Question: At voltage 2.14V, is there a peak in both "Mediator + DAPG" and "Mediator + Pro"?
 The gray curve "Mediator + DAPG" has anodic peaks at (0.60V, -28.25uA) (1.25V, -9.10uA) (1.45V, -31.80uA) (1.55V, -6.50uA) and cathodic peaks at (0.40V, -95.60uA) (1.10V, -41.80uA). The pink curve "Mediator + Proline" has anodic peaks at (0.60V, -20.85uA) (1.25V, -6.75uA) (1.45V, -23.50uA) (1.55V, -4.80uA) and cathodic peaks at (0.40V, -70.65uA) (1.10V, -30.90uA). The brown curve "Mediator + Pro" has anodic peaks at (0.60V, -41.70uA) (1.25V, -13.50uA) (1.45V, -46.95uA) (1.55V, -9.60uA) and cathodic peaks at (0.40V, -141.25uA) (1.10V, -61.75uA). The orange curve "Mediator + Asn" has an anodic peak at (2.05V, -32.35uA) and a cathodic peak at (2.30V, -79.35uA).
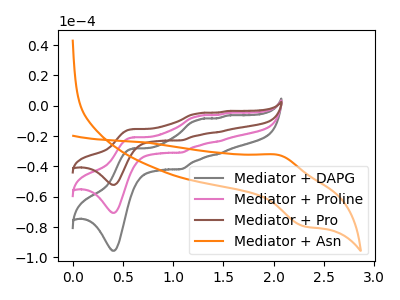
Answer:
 <answer>No, "Mediator + DAPG" and "Mediator + Pro" dont share a peak at 2.14V.</answer>
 <eval>mismatch</eval>